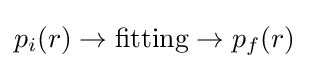
p_{i}(r)\rightarrow {\text{fitting}}\rightarrow p_{f}(r)